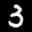
Label: 3